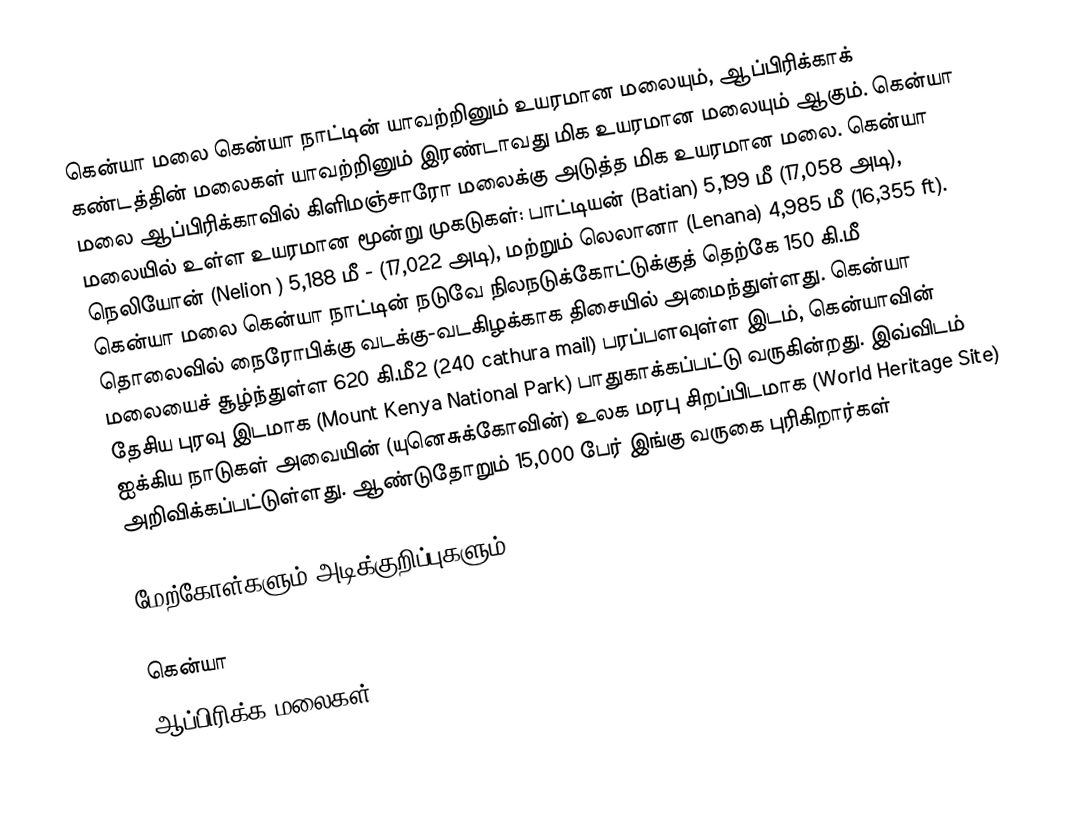
கென்யா மலை கென்யா நாட்டின் யாவற்றினும் உயரமான மலையும், ஆப்பிரிக்காக் கண்டத்தின் மலைகள் யாவற்றினும் இரண்டாவது மிக உயரமான மலையும் ஆகும். கென்யா மலை ஆப்பிரிக்காவில் கிளிமஞ்சாரோ மலைக்கு அடுத்த மிக உயரமான மலை. கென்யா மலையில் உள்ள உயரமான மூன்று முகடுகள்: பாட்டியன் (Batian) 5,199 மீ  (17,058 அடி), நெலியோன் (Nelion ) 5,188 மீ - (17,022 அடி), மற்றும்  லெலானா (Lenana) 4,985 மீ (16,355 ft). கென்யா மலை கென்யா நாட்டின் நடுவே நிலநடுக்கோட்டுக்குத் தெற்கே 150 கி.மீ தொலைவில் நைரோபிக்கு வடக்கு-வடகிழக்காக திசையில் அமைந்துள்ளது. கென்யா மலையைச் சூழ்ந்துள்ள 620 கி.மீ2 (240 cathura mail) பரப்பளவுள்ள இடம், கென்யாவின் தேசிய புரவு இடமாக (Mount Kenya National Park) பாதுகாக்கப்பட்டு வருகின்றது. இவ்விடம் ஐக்கிய நாடுகள் அவையின் (யுனெசுக்கோவின்) உலக மரபு சிறப்பிடமாக (World Heritage Site) அறிவிக்கப்பட்டுள்ளது. ஆண்டுதோறும் 15,000 பேர் இங்கு வருகை புரிகிறார்கள்

மேற்கோள்களும் அடிக்குறிப்புகளும்

கென்யா
ஆப்பிரிக்க மலைகள்